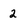
Character: 2